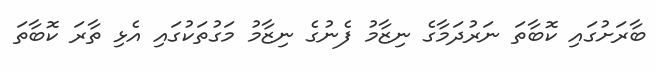
ބާރަށުގައި ކޮބާތަ ނަރުދަމާގެ ނިޒާމު ފެނުގެ ނިޒާމު މަގުތަކުގައި އެޅި ތާރަ ކޮބާތަ